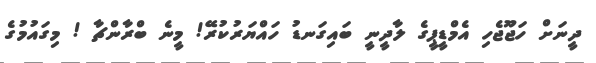
ދީނަށް ހަޖޫޖެހި އެމްޑީޕީގެ ލާދީނީ ބައިގަނޑު ހައްޔަރުކުރޭ! މީނެ ބްރާންޗާ ! މިގައުމުގެ